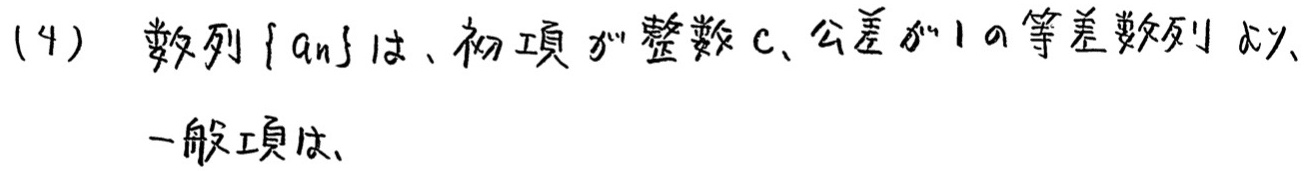
(4) 数列$\{ a_{n}\}$は、初項が整数$c$、公差が$1$の等差数列で、一般項は、